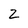
Character: Z